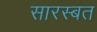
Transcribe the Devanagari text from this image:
सारस्बत